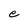
Character: e